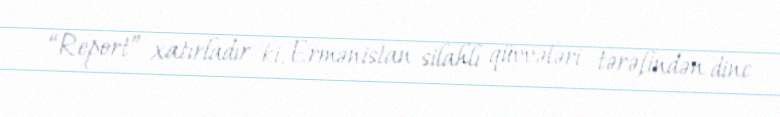
“Report” xatırladır ki, Ermənistan silahlı qüvvələri tərəfindən dinc